Bombay plague: being a history of the progress of plague in the Bombay presidency from September 1896 to June 1899
Year: 1896
Disease focus: Plague
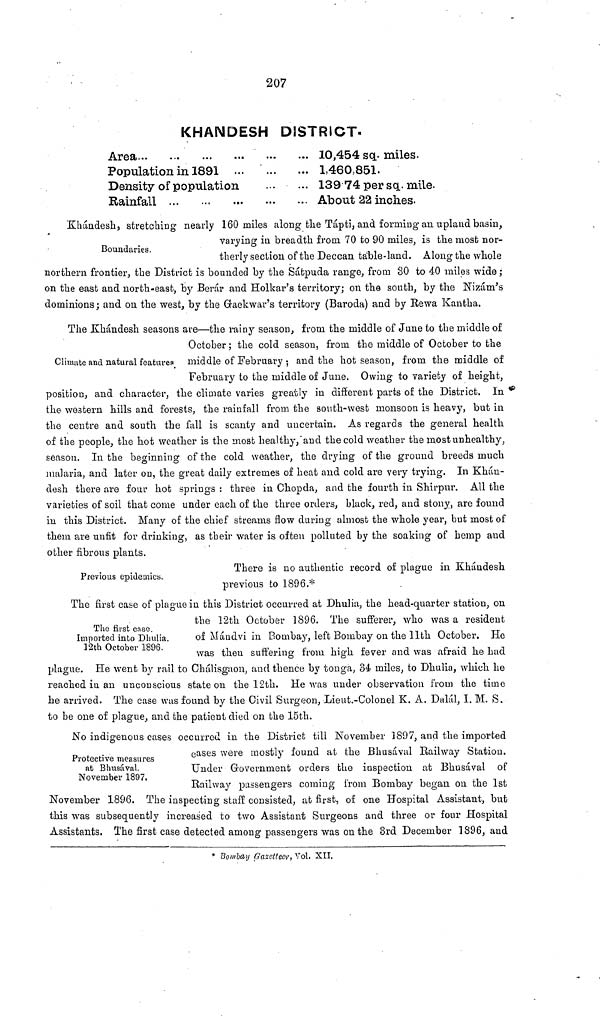
207
KHANDESH DISTRICT.
Area ... ... ...
Population in 1891
Density of populatio
Rainfall ... ...
...
n
...
...
...
...
...
...
...
10,454 sq. miles.
1,460,851.
139 74 per sq. mile.
About 22 inches.
Boundaries.
Khándesh, stretching nearly 160 miles along the Tápti, and forming an upland basin,
varying in breadth from 70 to 90 miles, is the most nor-
therly section of the Deccan table-land. Along the whole
northern frontier, the District is bounded by the Sátpuda range, from 80 to 40 miles wide ;
on the east and north-east, by Berár and Holkar's territory ; on the south, by the Nizám's
dominions : and on the west, by the Graekwar's territory (Baroda) and by Rewa Kantha.
Climate and natural features.
The Khándesh seasons are—the rainy season, from the middle of June to the middle of
October ; the cold season, from the middle of October to the
middle of February ; and the hot season, from the middle of
February to the middle of June. Owing to variety of height,
position, and character, the climate varies greatly in different parts of the District. In
the western hills and forests, the rainfall from the south-west monsoon is heavy, but in
the centre and south the fall is scanty and uncertain. As regards the general health
of the people, the hot weather is the most healthy, and the cold weather the most unhealthy,
season. In the beginning of the cold weather, the drying of the ground breeds much
malaria, and later on, the great daily extremes of heat and cold are very trying. In Khán-
desh there are four hot springs : three in Chopda, and the fourth in Shirpur. All the
varieties of soil that come under each of the three orders, black, red, and stony, are found
in this District. Many of the chief streams flow during almost the whole year, but most of
them are unfit for drinking, as their water is often polluted by the soaking of hemp and
other fibrous plants.
Previous epidemics.
There is no authentic record of plague in Khándesh
previous to 1896.*
The first case.
Imported into Dhulia.
12th October 1896.
The first case of plague in this District occurred at Dhulia, the head-quarter station, on
the 12th October 1896. The sufferer, who was a resident
of Mándvi in Bombay, left Bombay on the 11th October. He
was then suffering from high fever and was afraid he had
plague. He went by rail to Ohálisgaon, and thence by tonga, 34 miles, to Dhulia, which he
reached in an unconscious state on the 12th. He was under observation from the time
he arrived. The case was found by the Civil Surgeon, Lieut.-Colonel K. A. Dalai, I. M. S.
to be one of plague, and the patient died on the 15th.
Protective measures
at Bhusával.
November 1897.
No indigenous cases occurred in the District till November 1897, and the imported
cases were mostly found at the Bhusával Railway Station.
Under Government orders the inspection at Bhusával of
Railway passengers coming from Bombay began on the 1st
November 1896. The inspecting staff consisted, at first, of one Hospital Assistant, but
this was subsequently increased to two Assistant Surgeons and three or four Hospital
Assistants. The first case detected among passengers was on the 3rd December 1896, and
* Bombay Gazetteer, Vol. XII.